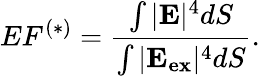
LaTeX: EF^{(*)}=\frac{\int|\mathbf{E}|^{4}dS}{\int|\mathbf{E_{ex}}|^{4}dS}.